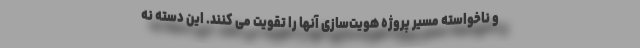
و ناخواسته مسیر پروژه هویت‌سازی آنها را تقویت می کنند. این دسته نه